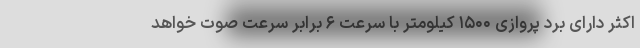
اکثر دارای برد پروازی ۱۵۰۰ کیلومتر با سرعت ۶ برابر سرعت صوت خواهد